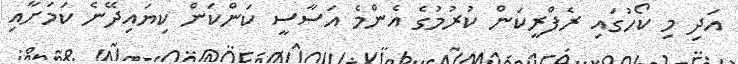
އަދި މި ކޯހުގައި ރެފްރީކަން ކުރުމުގެ އެންމެ އަސާސީ ކަންކަން ކިޔައިދޭނެ ކަމަށާއި